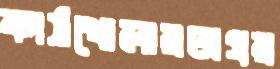
কাঠখোলারঅপ্রয়